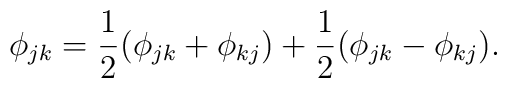
\phi_{jk}={1\over 2}(\phi_{jk}+\phi_{kj})+{1\over 2}(\phi_{jk}-\phi_{kj}).